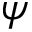
\boldsymbol \psi